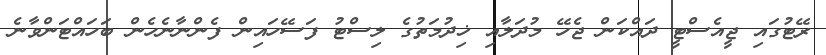
ރޭޓުގައި ޖީއެސްޓީ ދައްކަން ޖެހޭ މުދަލާއި ޚިދުމަތުގެ ލިސްޓު ފަސޭހައިން ފެންނާނެހެން ބަހައްޓަންވާނެ